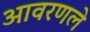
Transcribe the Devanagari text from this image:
आवरणले